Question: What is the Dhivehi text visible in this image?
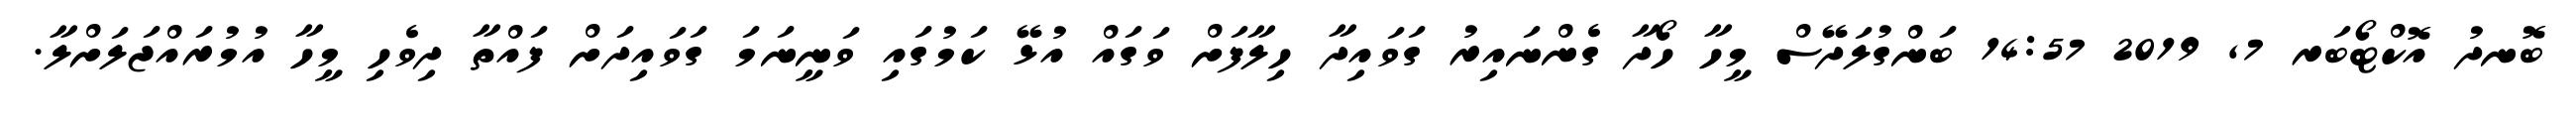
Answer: ބޮނދު އޮކްޓޯބަރ 7, 2019 14:57 ބަންގުލަދޭސް މީހާ ހޯދާ ގެންނައިރު ގަވައިދާ ހިލާފަށް ވަގައް އުޅޭ ކަމުގައި ވަނީނަމަ ގަވައިދަށް ފައްތާ ދިވެހި މީހާ އުމުރައްޖަލަށްލާ.